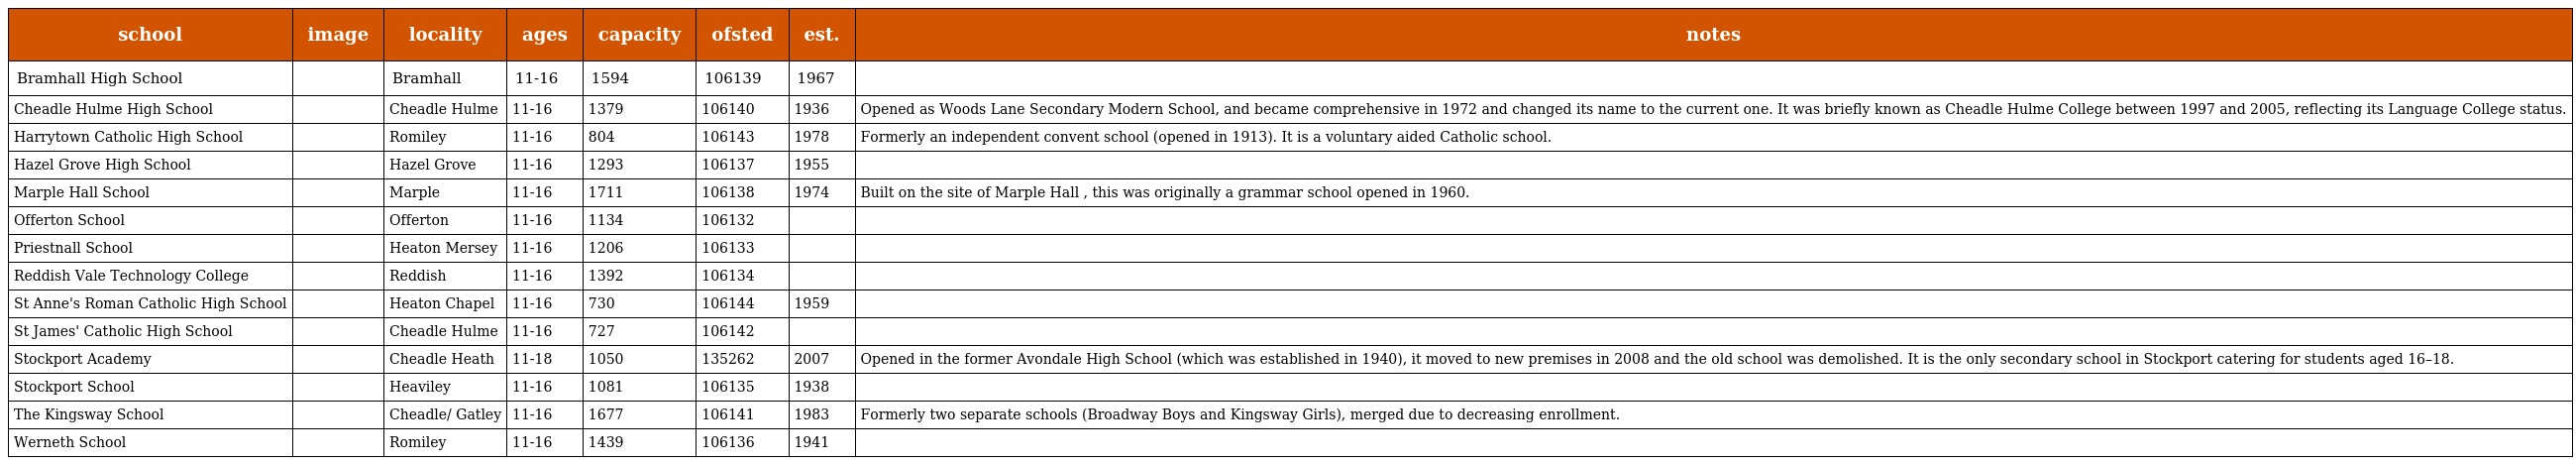
| school | image | locality | ages | capacity | ofsted | est. | notes |
 | --- | --- | --- | --- | --- | --- | --- | --- |
 | Bramhall High School |  | Bramhall | 11-16 | 1594 | 106139 | 1967 |  |
 | Cheadle Hulme High School |  | Cheadle Hulme | 11-16 | 1379 | 106140 | 1936 | Opened as Woods Lane Secondary Modern School, and became comprehensive in 1972 and changed its name to the current one. It was briefly known as Cheadle Hulme College between 1997 and 2005, reflecting its Language College status. |
 | Harrytown Catholic High School |  | Romiley | 11-16 | 804 | 106143 | 1978 | Formerly an independent convent school (opened in 1913). It is a voluntary aided Catholic school. |
 | Hazel Grove High School |  | Hazel Grove | 11-16 | 1293 | 106137 | 1955 |  |
 | Marple Hall School |  | Marple | 11-16 | 1711 | 106138 | 1974 | Built on the site of Marple Hall , this was originally a grammar school opened in 1960. |
 | Offerton School |  | Offerton | 11-16 | 1134 | 106132 |  |  |
 | Priestnall School |  | Heaton Mersey | 11-16 | 1206 | 106133 |  |  |
 | Reddish Vale Technology College |  | Reddish | 11-16 | 1392 | 106134 |  |  |
 | St Anne's Roman Catholic High School |  | Heaton Chapel | 11-16 | 730 | 106144 | 1959 |  |
 | St James' Catholic High School |  | Cheadle Hulme | 11-16 | 727 | 106142 |  |  |
 | Stockport Academy |  | Cheadle Heath | 11-18 | 1050 | 135262 | 2007 | Opened in the former Avondale High School (which was established in 1940), it moved to new premises in 2008 and the old school was demolished. It is the only secondary school in Stockport catering for students aged 16–18. |
 | Stockport School |  | Heaviley | 11-16 | 1081 | 106135 | 1938 |  |
 | The Kingsway School |  | Cheadle/ Gatley | 11-16 | 1677 | 106141 | 1983 | Formerly two separate schools (Broadway Boys and Kingsway Girls), merged due to decreasing enrollment. |
 | Werneth School |  | Romiley | 11-16 | 1439 | 106136 | 1941 |  |